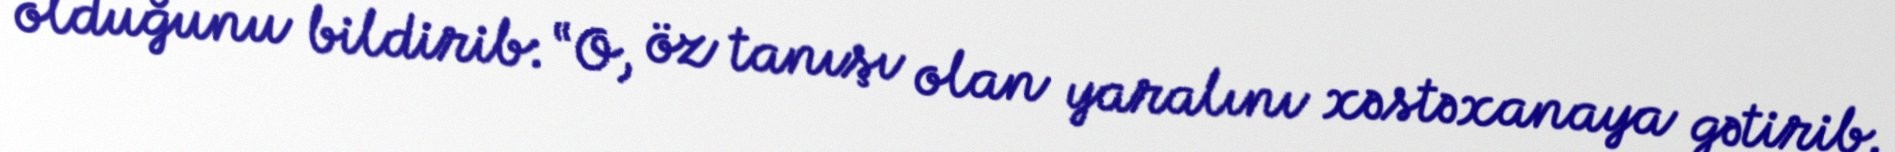
olduğunu bildirib: “O, öz tanışı olan yaralını xəstəxanaya gətirib.